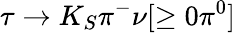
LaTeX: \tau\to K_{S}\pi^{-}\nu[\geq 0\pi^{0}]